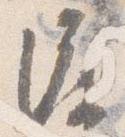
渡